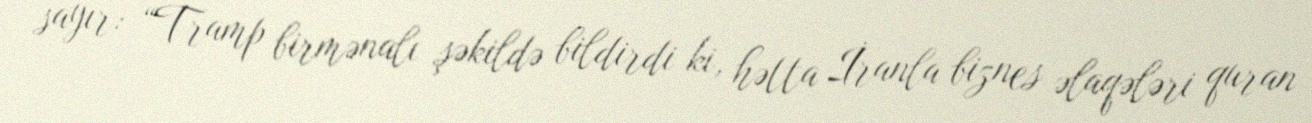
sayır: “Tramp birmənalı şəkildə bildirdi ki, hətta İranla biznes əlaqələri quran